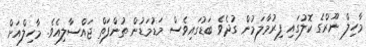
މާހިލް ނޫރްގެ ކޮލުގައި ފިރުމާލަމުން ގުދެވެ ބަޑުގައިވެސް މަޑުމަޑުން ތުންފަތް ޖައްސާލިއެވެ. މާހިލްއަށް